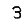
Digit: 3